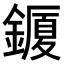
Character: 𨬜